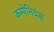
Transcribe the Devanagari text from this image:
कम्पेनियंस